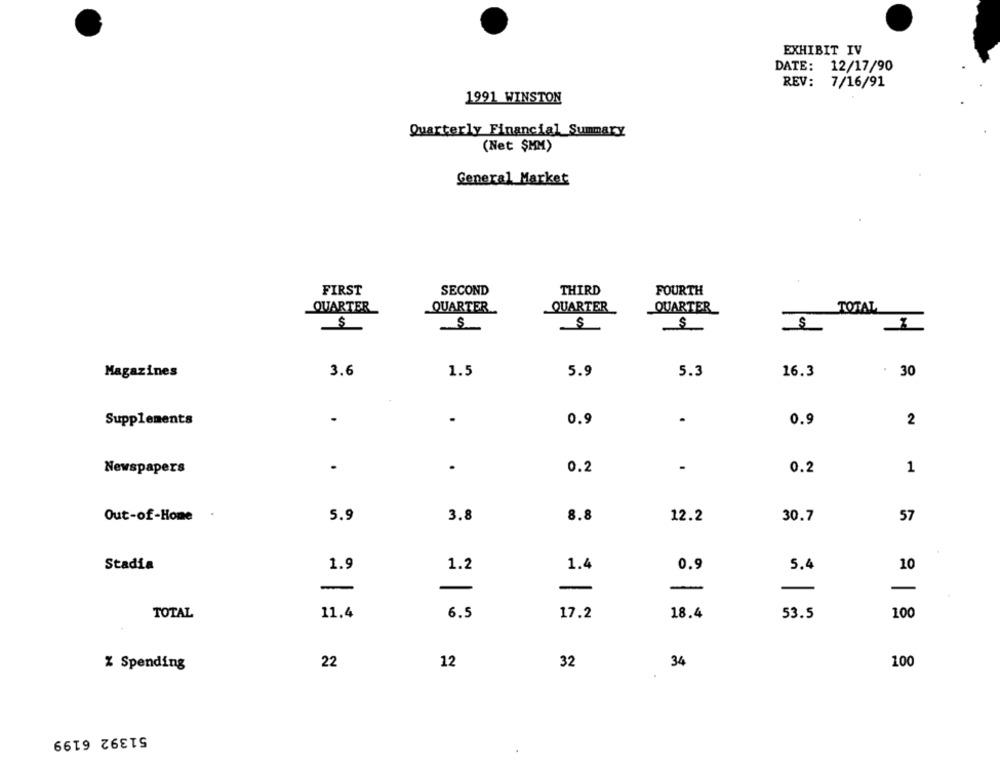
EXHIBIT IV
DATE: 12/17/90
REV: 7/16/91
1991 WINSTON
Quarterly Financial Summary
(Net $MM)
General Market
FIRST
SECOND
THIRD
FOURTH
QUARTER
QUARTER
QUARTER
TOTAL
QUARTER
$
S
s
3.6
Magazines
1.5
5.9
5.3
16.3
30
Supplements
.
.
0.9
.
0.9
2
Newspapers
.
0.2
0.2
1
Out-of-Home
5.9
3.8
8.8
30.7
12.2
57
Stadia
1.9
1.2
1.4
0.9
5.4
10
-
-
-
-
TOTAL
11.4
6.5
17.2
18.4
53.5
100
12
% Spending
22
32
34
100
51392 6199